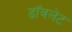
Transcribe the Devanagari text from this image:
डॉवलेट